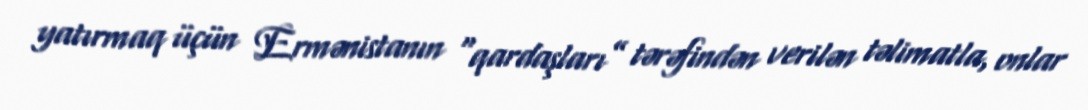
yatırmaq üçün Ermənistanın “qardaşları” tərəfindən verilən təlimatla, onlar